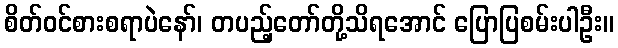
စိတ်ဝင်စားစရာပဲနော်၊ တပည့်တော်တို့သိရအောင် ပြောပြစမ်းပါဦး။